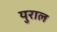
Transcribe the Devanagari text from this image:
युराल